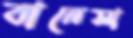
বানেসা